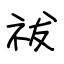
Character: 祓